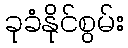
ခုခံနိုင်စွမ်း